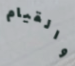
والقيام